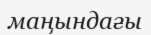
маңындағы